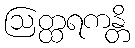
ဩတ္ထရကန္တိ